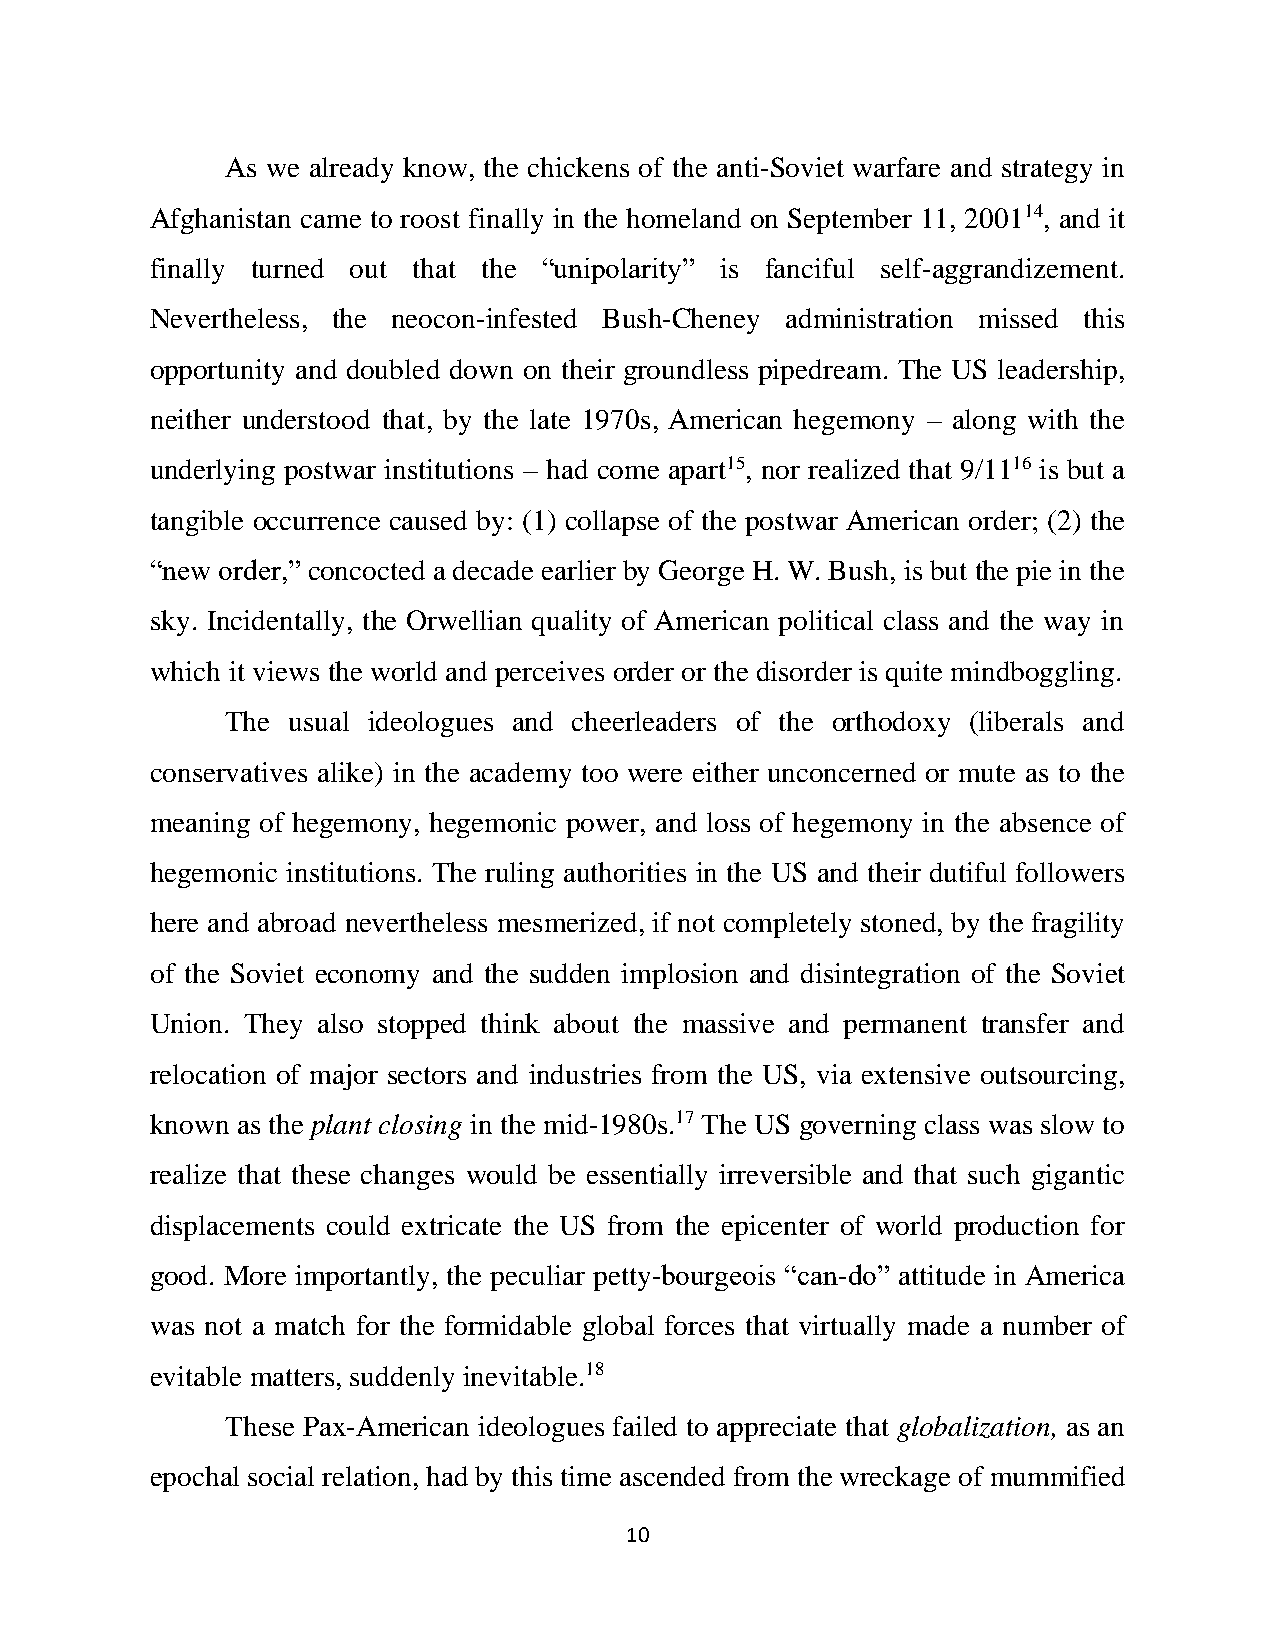
As we already know, the chickens of the anti-Soviet warfare and strategy in
 Afghanistan came to roost finally in the homeland on September 11, 200114, and it
 finally turned out that the “unipolarity” is fanciful self-aggrandizement.
 Nevertheless, the neocon-infested Bush-Cheney administration missed this
 opportunity and doubled down on their groundless pipedream. The US leadership,
 neither understood that, by the late 1970s, American hegemony – along with the
 underlying postwar institutions – had come apart15, nor realized that 9/1116 is but a
 tangible occurrence caused by: (1) collapse of the postwar American order; (2) the
 “new order,” concocted a decade earlier by George H. W. Bush, is but the pie in the
 sky. Incidentally, the Orwellian quality of American political class and the way in
 which it views the world and perceives order or the disorder is quite mindboggling.
 The usual ideologues and cheerleaders of the orthodoxy (liberals and
 conservatives alike) in the academy too were either unconcerned or mute as to the
 meaning of hegemony, hegemonic power, and loss of hegemony in the absence of
 hegemonic institutions. The ruling authorities in the US and their dutiful followers
 here and abroad nevertheless mesmerized, if not completely stoned, by the fragility
 of the Soviet economy and the sudden implosion and disintegration of the Soviet
 Union. They also stopped think about the massive and permanent transfer and
 relocation of major sectors and industries from the US, via extensive outsourcing,
 known as the plant closing in the mid-1980s.17 The US governing class was slow to
 realize that these changes would be essentially irreversible and that such gigantic
 displacements could extricate the US from the epicenter of world production for
 good. More importantly, the peculiar petty-bourgeois “can-do” attitude in America
 was not a match for the formidable global forces that virtually made a number of
 evitable matters, suddenly inevitable.18
 These Pax-American ideologues failed to appreciate that globalization, as an
 epochal social relation, had by this time ascended from the wreckage of mummified
 10